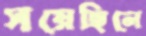
সয়েছিলে